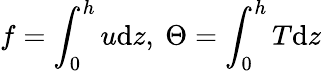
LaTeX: f=\int_{0}^{h}u\mathrm{d}z,\ \Theta=\int_{0}^{h}T\mathrm{d}z